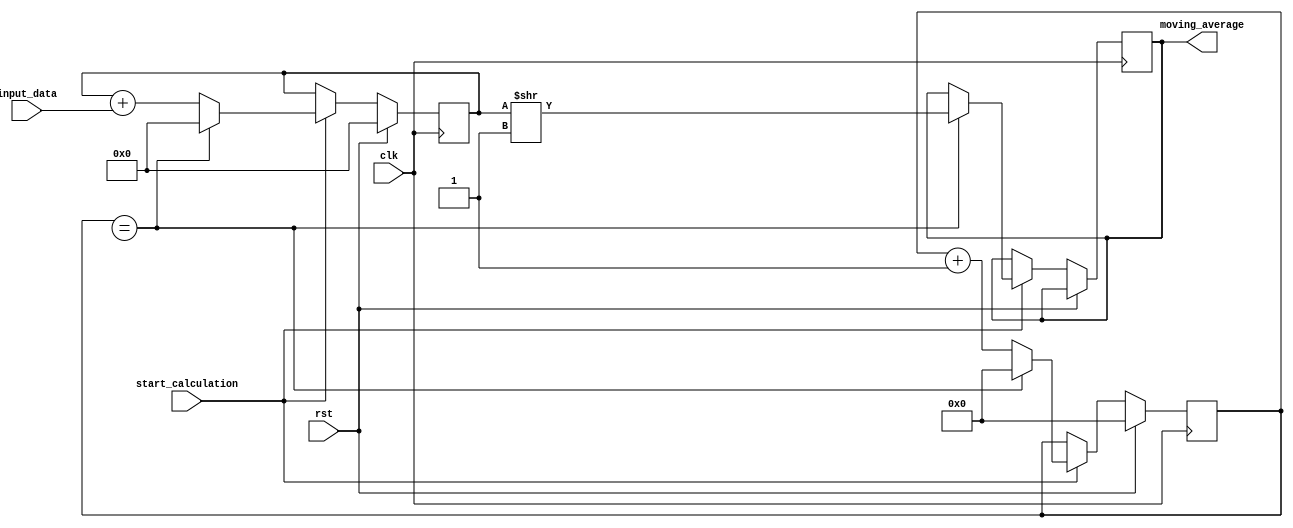
module moving_average_accumulator(
    input wire clk,
    input wire rst,
    input wire [7:0] input_data,
    input wire start_calculation,
    output reg [7:0] moving_average
);

reg [31:0] sum;
reg [7:0] counter;

always @(posedge clk)begin

    if(rst) begin
        sum <= 0;
        counter <= 0;
    end
    else begin
        if(start_calculation) begin
            sum <= sum + input_data;
            counter <= counter + 1;
            if(counter == MOVING_AVERAGE_LENGTH)begin
                moving_average <= sum >> LOG2_MOVING_AVERAGE_LENGTH; // divide by MOVING_AVERAGE_LENGTH
                sum <= 0;
                counter <= 0;
            end
        end
    end
end

endmodule